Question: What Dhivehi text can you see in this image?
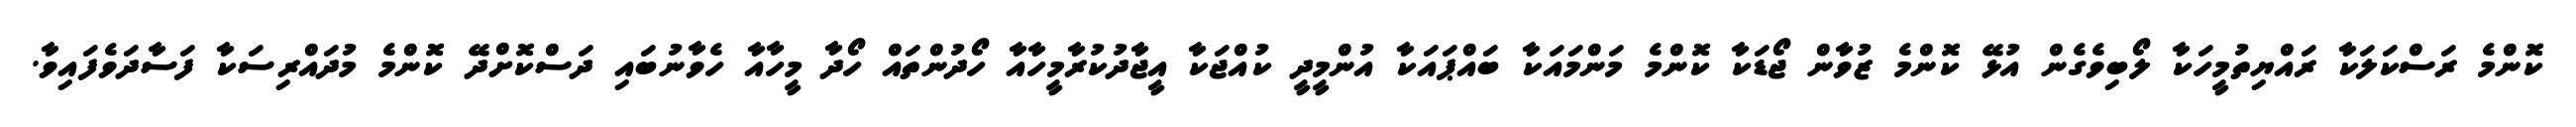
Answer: ކޮންމެ ރަސްކަލަކާ ރައްޔިތުމީހަކާ ލޯބިވެގެން އުޅޭ ކޮންމެ ޒުވާން ޖޯޑަކާ ކޮންމެ މަންމައަކާ ބައްޕައަކާ އުންމީދީ ކުއްޖަކާ އީޖާދުކުރާމީހާއާ ހޯދުންތައް ހޯދާ މީހާއާ ހެވާނުބައި ދަސްކޮށްދޭ ކޮންމެ މުދައްރިސަކާ ފަސާދަވެފައިވާ.